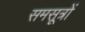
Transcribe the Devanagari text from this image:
समसूत्रों